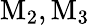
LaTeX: \mathrm{M_{2},M_{3}}